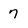
Character: 7